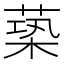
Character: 𦵶